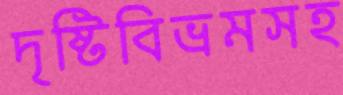
দৃষ্টিবিভ্রমসহ